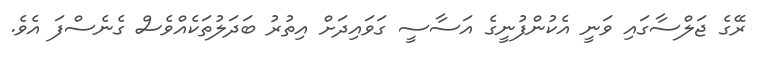
ރޭގެ ޖަލްސާގައި ވަނީ އެކުންފުނީގެ އަސާސީ ގަވައިދަށް އިތުރު ބަދަލުތަކެއްވެސް ގެނެސްފަ އެވެ.